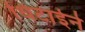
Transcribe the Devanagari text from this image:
धिटाईने